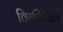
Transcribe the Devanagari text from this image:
विकीटेबल